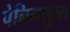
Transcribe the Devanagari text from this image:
पेनिनशुला